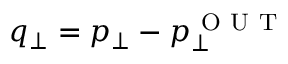
q _ { \perp } = p _ { \perp } - p _ { \perp } ^ { \mathrm { ~ O ~ U ~ T ~ } }